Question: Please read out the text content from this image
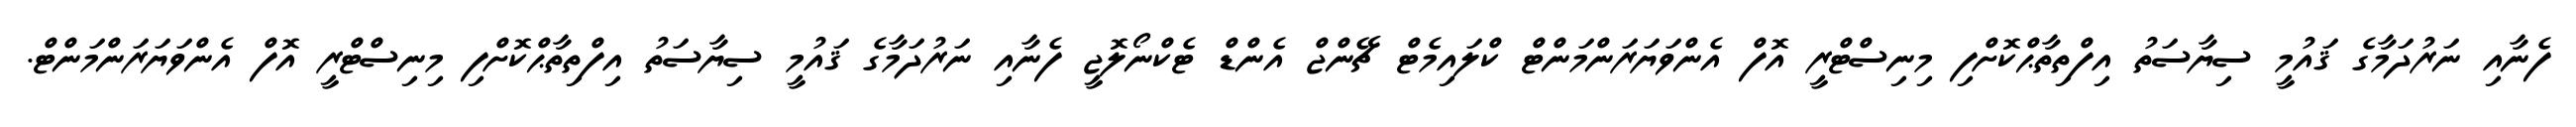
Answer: ފެނާއި ނަރުދަމާގެ ޤައުމީ ސިޔާސަތު އިފްތިތާޙްކޮށްފި މިނިސްޓްރީ އޮފް އެންވަޔަރަންމަންޓް ކްލައިމެޓް ޗޭންޖް އެންޑް ޓެކްނޯލޮޖީ ފެނާއި ނަރުދަމާގެ ޤައުމީ ސިޔާސަތު އިފްތިތާޙްކޮށްފި މިނިސްޓްރީ އޮފް އެންވަޔަރަންމަންޓް.